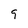
Character: 9